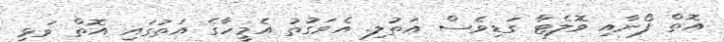
އޮތް ފޯނާއި ވޮލެޓާ ގަޑިވެސް އަތުލި. އެވަގުތު އެމީހާގެ އަތުގައި އޮތް ވަޅި